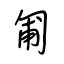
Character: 匍